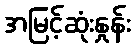
အမြင့်ဆုံးနှုန်း